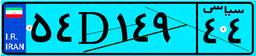
۱۱D۴۴۷۳۹